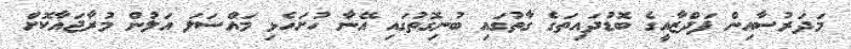
މަދަރުސާއިން ފަދްޒާއީގެ ބޮޑުދައިތަގެ ގާތުގައި ބުނިގޮތުގައި އޭނާ ހުށަހެޅި މައްސަލަ އަލުން މުރާޖައާކޮށް